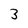
Character: 3